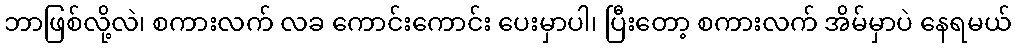
ဘာဖြစ်လို့လဲ၊ စကားလက် လခ ကောင်းကောင်း ပေးမှာပါ၊ ပြီးတော့ စကားလက် အိမ်မှာပဲ နေရမယ်